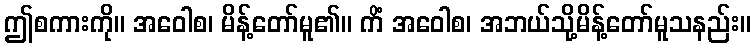
ဤစကားကို။ အဝေါစ၊ မိန့်တော်မူ၏။ ကိံ အဝေါစ၊ အဘယ်သို့မိန့်တော်မူသနည်း။